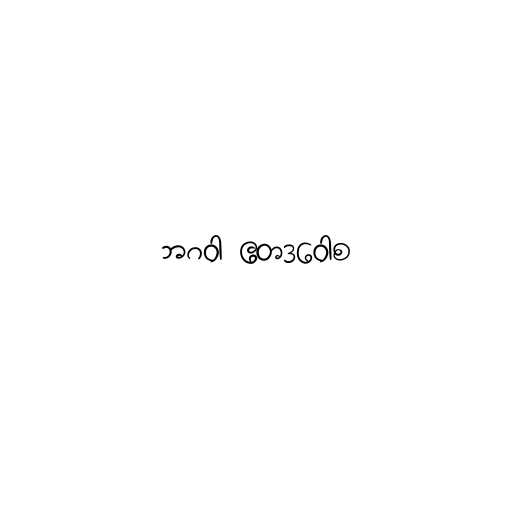
ဘဂဝါ ဧတဒဝေါစ